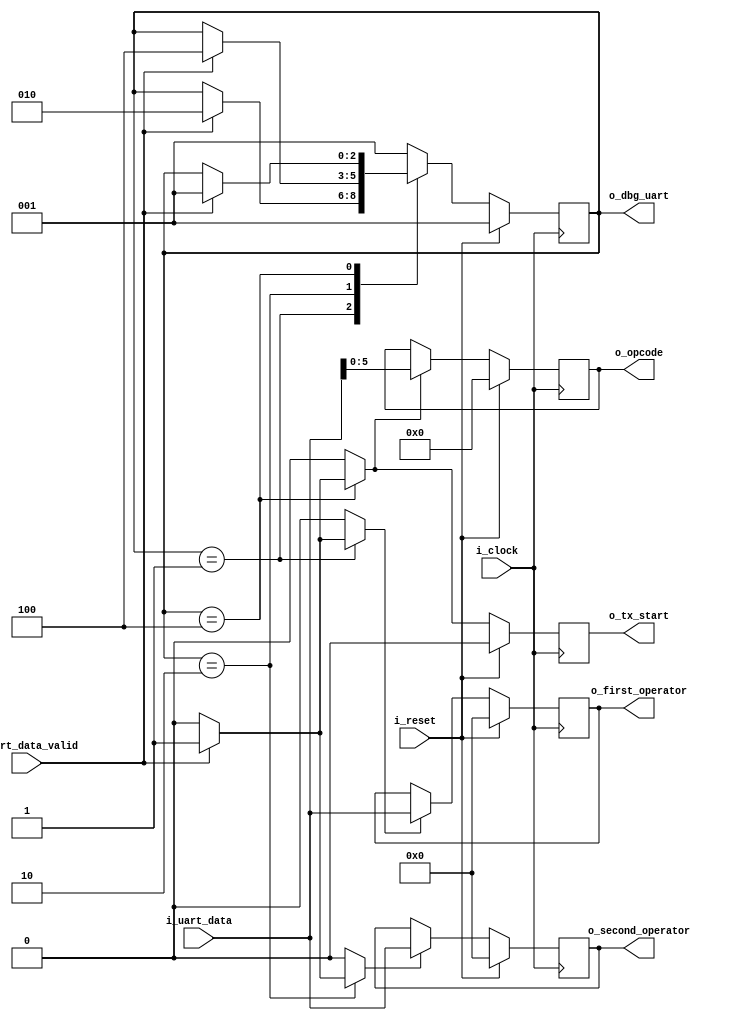
`timescale 1ns/100ps

module uart_interface
#(
    parameter                           NB_DATA         = 8,
    parameter                           NB_OPCODE       = 6,
    parameter                           N_INPUTS        = 3
)
(
    input wire                          i_clock,
    input wire                          i_reset,
    input wire  [NB_DATA-1 : 0]         i_uart_data,
    input wire                          i_uart_data_valid,

    output wire [N_INPUTS-1 : 0]        o_dbg_uart,
    output wire                         o_tx_start,
    output wire [NB_DATA-1 : 0]         o_first_operator,
    output wire [NB_DATA-1 : 0]         o_second_operator,
    output wire [NB_OPCODE-1 : 0]       o_opcode
    );
  

    localparam                          NB_STATES               = 3;
    localparam  [NB_STATES-1 : 0]       SAVE_FIRST_OPERATOR     = 3'b001;
    localparam  [NB_STATES-1 : 0]       SAVE_SECOND_OPERATOR    = 3'b010;
    localparam  [NB_STATES-1 : 0]       SAVE_OPCODE             = 3'b100;

    reg         [NB_STATES-1 : 0]       state_alu_fsm;
    reg         [NB_STATES-1 : 0]       state_alu_fsm_next;
    reg         [NB_DATA-1 : 0]         first_operator;
    reg         [NB_DATA-1 : 0]         second_operator;    
    reg         [NB_OPCODE-1 : 0]       opcode;

    reg                                 save_first_operator;
    reg                                 save_second_operator;
    reg                                 save_opcode;

    reg                                 tx_start;
    reg                                 tx_start_next;

    reg         [NB_DATA-1 : 0]         uart_rx_data;

//Interface to ALU
    assign                              o_first_operator        = first_operator;
    assign                              o_second_operator       = second_operator;
    assign                              o_opcode                = opcode;
    assign                              o_dbg_uart              = state_alu_fsm;
    assign                              o_tx_start              = tx_start;         

    always @(posedge i_clock)
    begin
        
        if(i_reset)
        begin
            state_alu_fsm   <=  SAVE_FIRST_OPERATOR;
        end
        else
        begin
            state_alu_fsm   <=  state_alu_fsm_next;
        end
    
    end

    always @(posedge i_clock)
    begin
        if(i_reset)
            first_operator  <=  {NB_DATA{1'b0}};
        else if(save_first_operator)
            first_operator <= i_uart_data;
    end

    always @(posedge i_clock)
    begin
        if(i_reset)
            second_operator  <=  {NB_DATA{1'b0}};
        else if(save_second_operator)
            second_operator <= i_uart_data;
    end

    always @(posedge i_clock)
    begin
        if(i_reset)
            opcode  <= {NB_OPCODE{1'b0}};
        else if(save_opcode)
            opcode <= i_uart_data[NB_OPCODE-1 : 0];
    end

    always @(posedge i_clock)
    begin
        if(i_reset)
            tx_start    <= 1'b0;
        else 
            tx_start    <= tx_start_next;
    end

    always @(*)
    begin

        state_alu_fsm_next  = state_alu_fsm;
        save_first_operator = 1'b0;
        save_second_operator = 1'b0;
        save_opcode = 1'b0;
        tx_start_next = 1'b0;

        case (state_alu_fsm)

            SAVE_FIRST_OPERATOR:
            begin
                if(i_uart_data_valid)
                begin
                    state_alu_fsm_next  = SAVE_SECOND_OPERATOR;
                    save_first_operator = 1'b1;
                end
            end

            SAVE_SECOND_OPERATOR:
            begin
                if(i_uart_data_valid)
                begin
                    state_alu_fsm_next  = SAVE_OPCODE;
                    save_second_operator = 1'b1;
                end
            end

            SAVE_OPCODE:
            begin
                if(i_uart_data_valid)
                begin
                    state_alu_fsm_next  = SAVE_FIRST_OPERATOR;
                    save_opcode         = 1'b1;
                    tx_start_next = 1'b1;
                end
            end

            default:
            begin
                state_alu_fsm_next      =  SAVE_FIRST_OPERATOR;
            end
        endcase
    end
//End of interface to ALU

endmodule